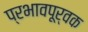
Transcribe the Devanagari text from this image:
प्रभावपूर्वक